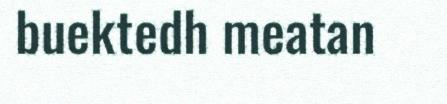
buektedh meatan